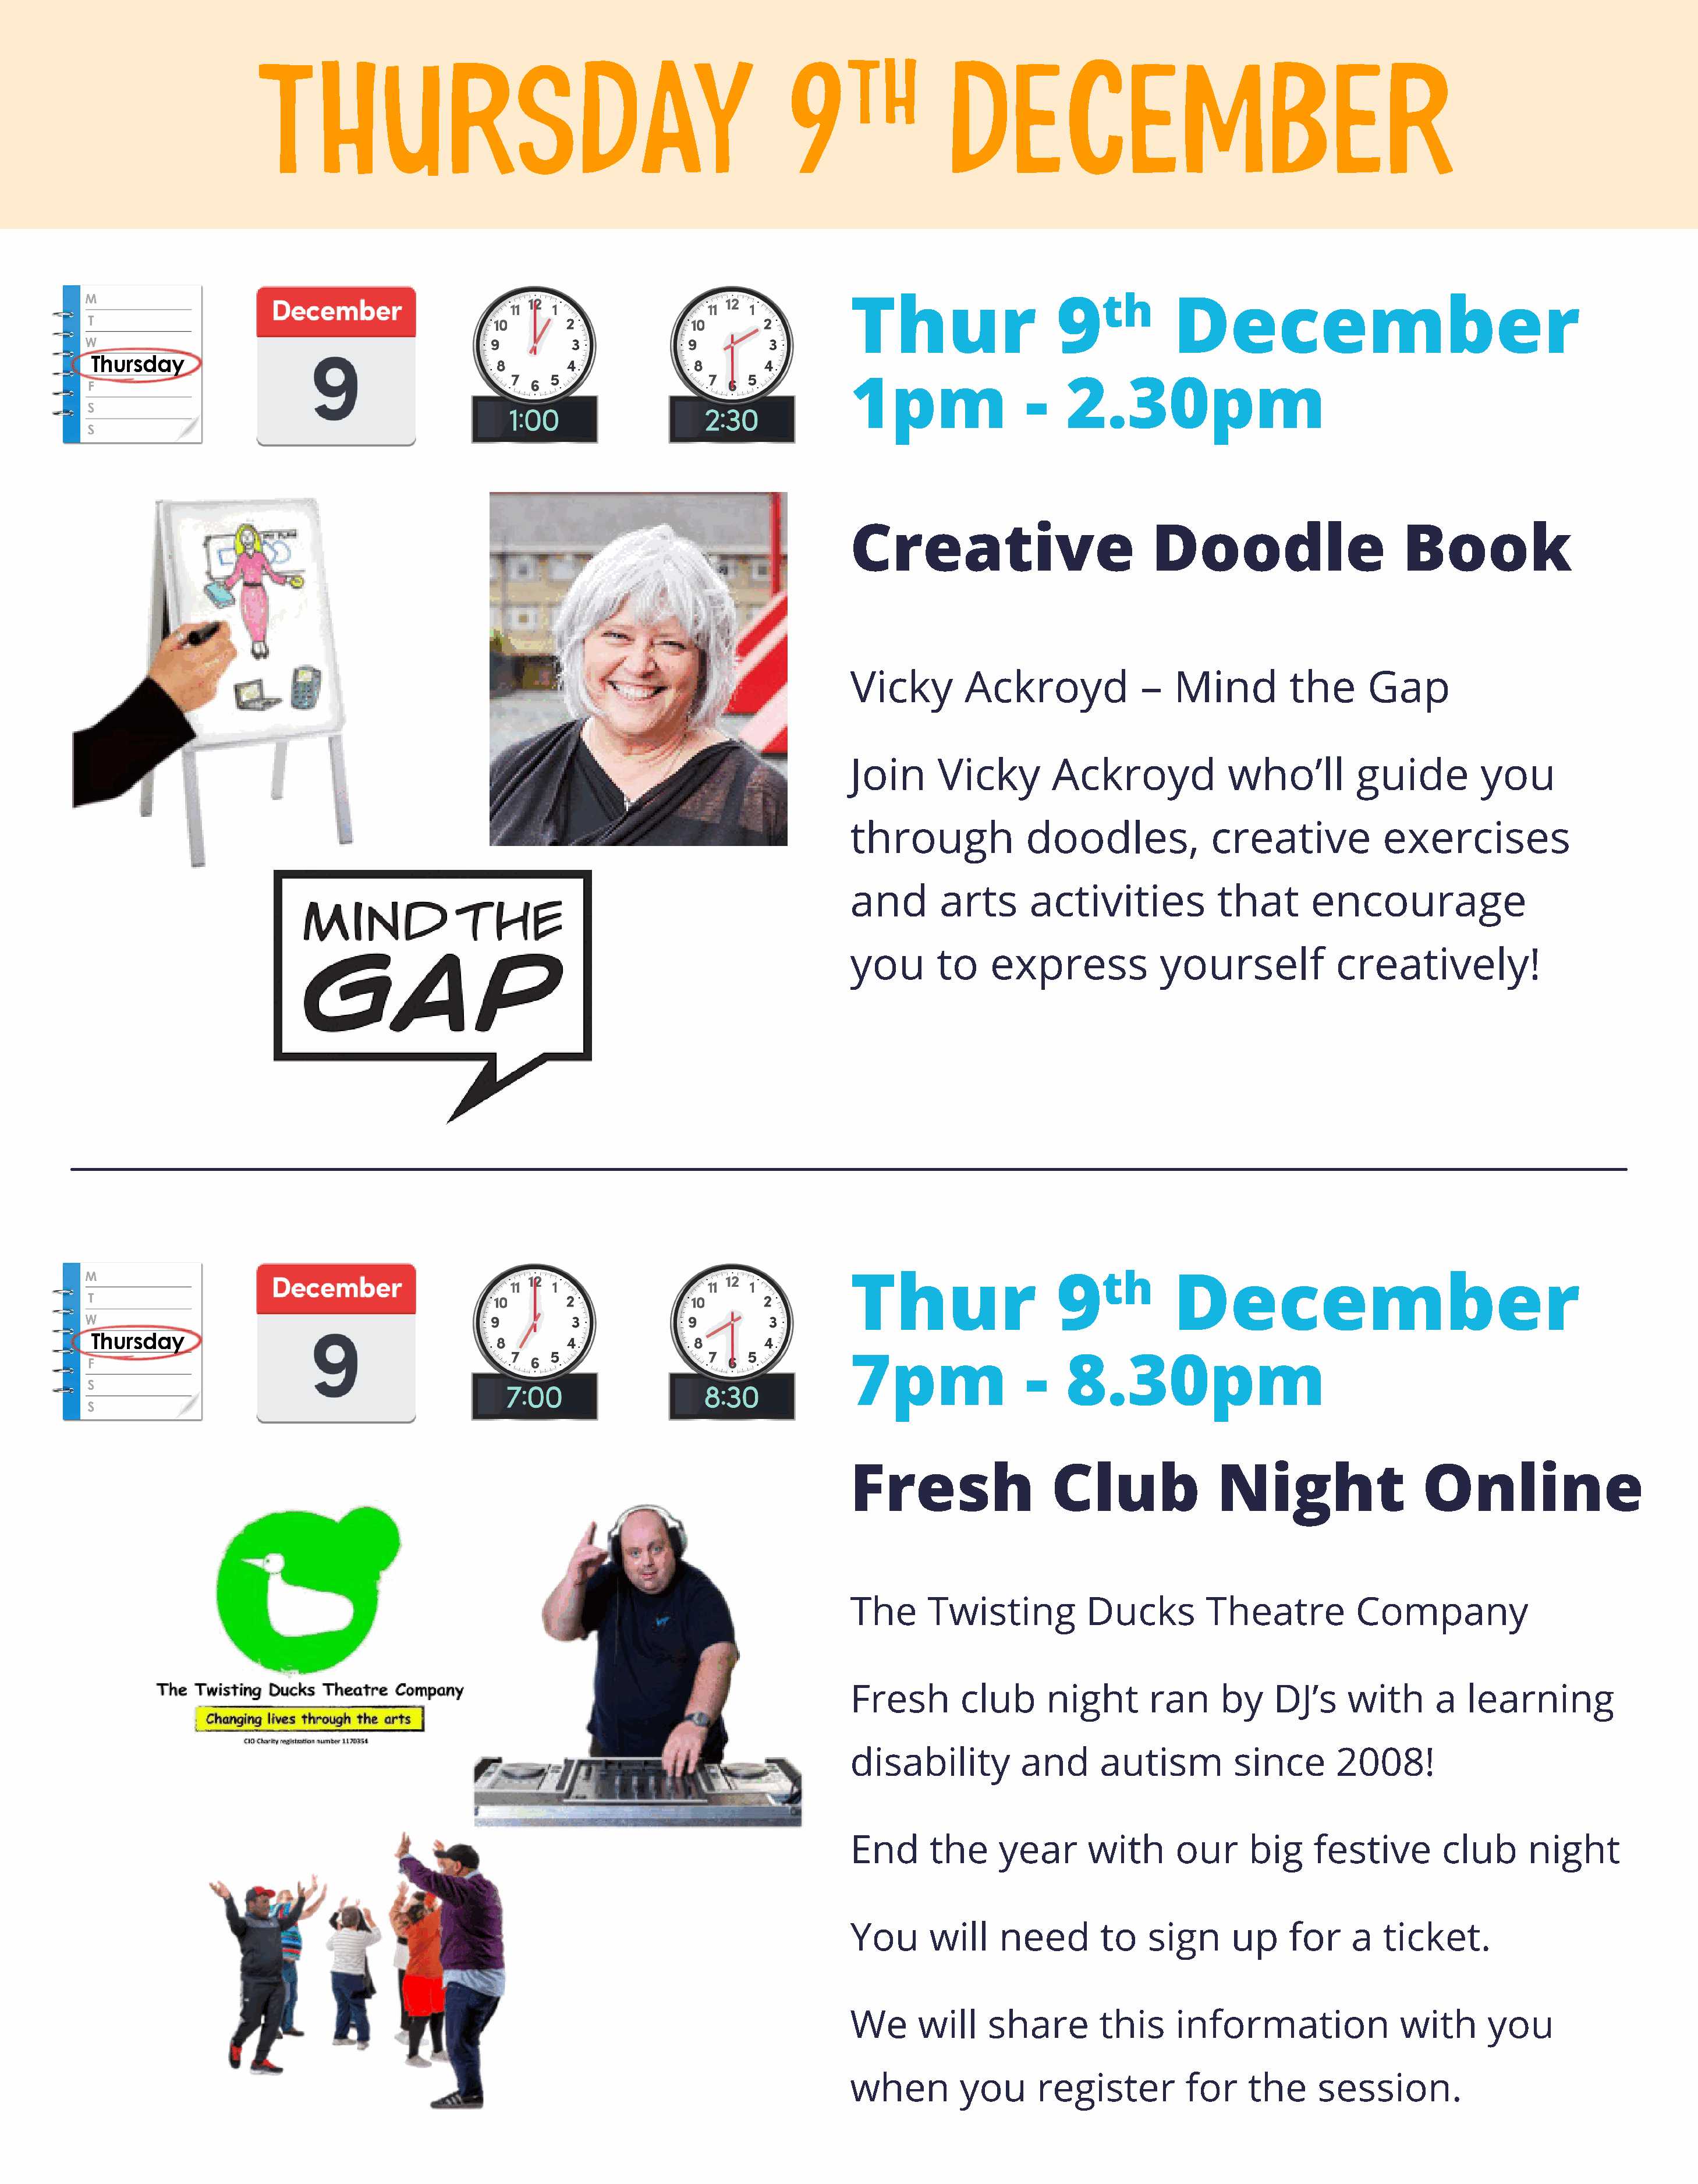
THURSDAY                                                    9TH                DECEMBER
 Thur                   9th          December
 1pm                 -   2.30pm
 Creative                          Doodle                      Book
 Vicky        Ackroyd             –  Mind          the      Gap
 Join      Vicky        Ackroyd             who’ll        guide         you
 through             doodles,             creative           exercises
 and       arts      activities           that       encourage
 you       to    express            yourself            creatively!
 Thur                   9th          December
 7pm                 -   8.30pm
 Fresh                  Club              Night                   Online
 The     Twisting           Ducks        Theatre          Company
 Fresh       club      night       ran     by    DJ’s    with      a   learning
 disability         and      autism         since       2008!
 End      the     year      with      our     big    festive        club      night
 You      will    need       to   sign      up     for    a  ticket.
 We     will    share        this     information              with      you
 when        you      register         for    the     session.